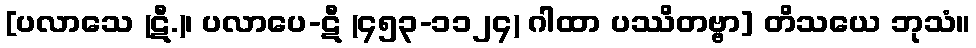
[ပလာသေ (ဋီ.)၊ ပလာပေ-ဋီ (၄၅၃-၁၁၂၄) ဂါထာ ပဿိတဗ္ဗာ] တိသယေ ဘုသံ။